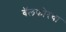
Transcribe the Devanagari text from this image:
बॅलफोरचा